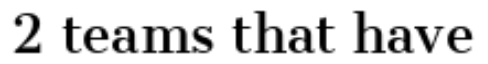
2 teams that have